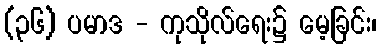
(၃၆) ပမာဒ - ကုသိုလ်ရေး၌ မေ့ခြင်း၊